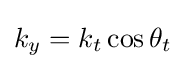
k_{y}=k_{t}\cos \theta _{t}